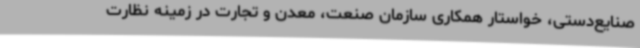
صنایع‌دستی، خواستار همکاری سازمان صنعت، معدن و تجارت در زمینه نظارت